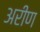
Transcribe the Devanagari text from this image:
अरीण